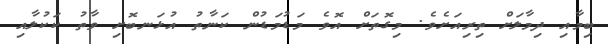
ބިމާއި ދިމާލަށް ތިރިއަށެވެ. މިގޮތަށް އޮވެ މަޑުމަޑުން ކަނާތު އުޅަނބޮށި ވާތު ކަކުލާއި